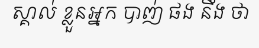
ស្គាល់ ខ្លួនអ្នក បាញ់ ផង នឹង ថា